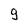
Character: g